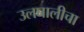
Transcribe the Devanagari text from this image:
उलघालीचा